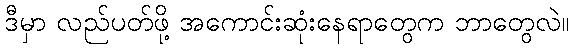
ဒီမှာ လည်ပတ်ဖို့ အကောင်းဆုံးနေရာတွေက ဘာတွေလဲ။